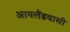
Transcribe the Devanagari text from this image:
आयलैंडवासी